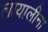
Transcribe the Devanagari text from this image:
लायालीना